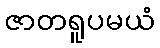
ဇာတရူပမယံ